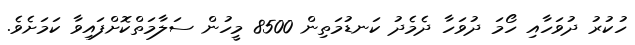
ހުކުރު ދުވަހާއި ހޯމަ ދުވަހާ ދެމެދު ކަނޑުމަތިން 8500 މީހުން ސަލާމަތްކޮށްފައިވާ ކަމަށެވެ.